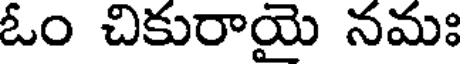
ఓం చికురాయై నమః